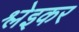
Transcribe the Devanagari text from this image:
श्लेइकर